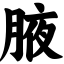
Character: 腋